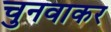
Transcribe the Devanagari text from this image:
चुनवाकर